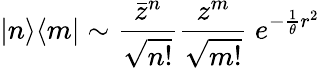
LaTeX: |n\rangle\langle m|\sim\frac{\bar{z}^{n}}{\sqrt{n!}}\frac{z^{m}}{\sqrt{m!}}\ e^{-\frac{1}{\theta}r^{2}}